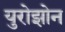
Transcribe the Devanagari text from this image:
युरोझोन